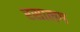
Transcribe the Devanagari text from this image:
रसालग